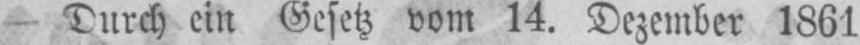
- Durch ein Gesetz vom 14. Dezember 1861